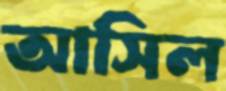
আসিল